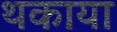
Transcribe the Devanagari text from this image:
थकाया